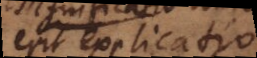
erit explicatio